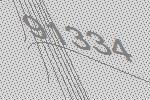
91334